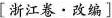
[浙江卷•改编】